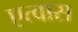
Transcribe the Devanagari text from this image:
एत्वास